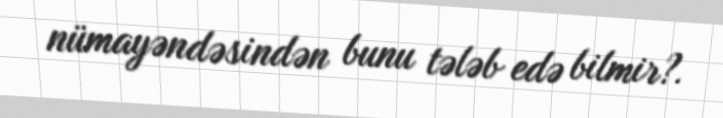
nümayəndəsindən bunu tələb edə bilmir?.